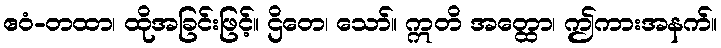
ဧဝံ-တထာ၊ ထိုအခြင်းဖြင့်။ ဌိတေ၊ သော်။ ဣတိ အတ္ထော၊ ဤကားအနက်။